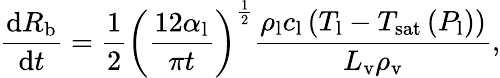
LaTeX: \frac{\mathrm dR_{\mathrm{b}}}{\mathrm dt}=\frac{1}{2}\left(\frac{12\alpha_{\mathrm{l}}}{\pi t}\right)^{\frac{1}{2}}\frac{\rho_{\mathrm{l}}c_{\mathrm{l}}\left(T_{\mathrm{l}}-T_{\mathrm{sat}}\left(P_{\mathrm{l}}\right)\right)}{L_{\mathrm{v}}\rho_{\mathrm{v}}},